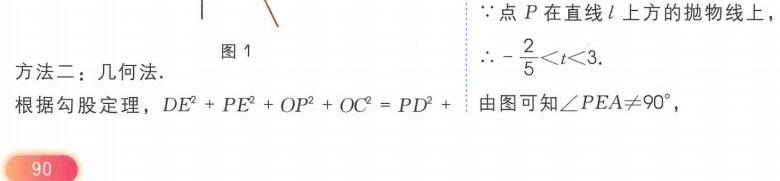
方法二：几何法.
根据勾股定理，\(DE^{2}+PE^{2}+OP^{2}+OC^{2}=PD^{2}\)
\(\because\)点 \(P\) 在直线 \(l\) 上方的抛物线上，
\(\therefore-\frac{2}{5}<t<3\).
由图可知\(\angle PEA\neq90^{\circ}\)，
图 1
90